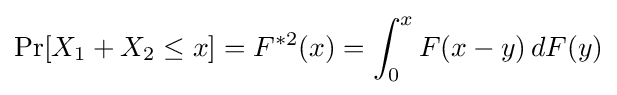
\Pr[X_{1}+X_{2}\leq x]=F^{*2}(x)=\int _{0}^{x}F(x-y)\,dF(y)